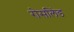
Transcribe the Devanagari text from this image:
रोसलिंड